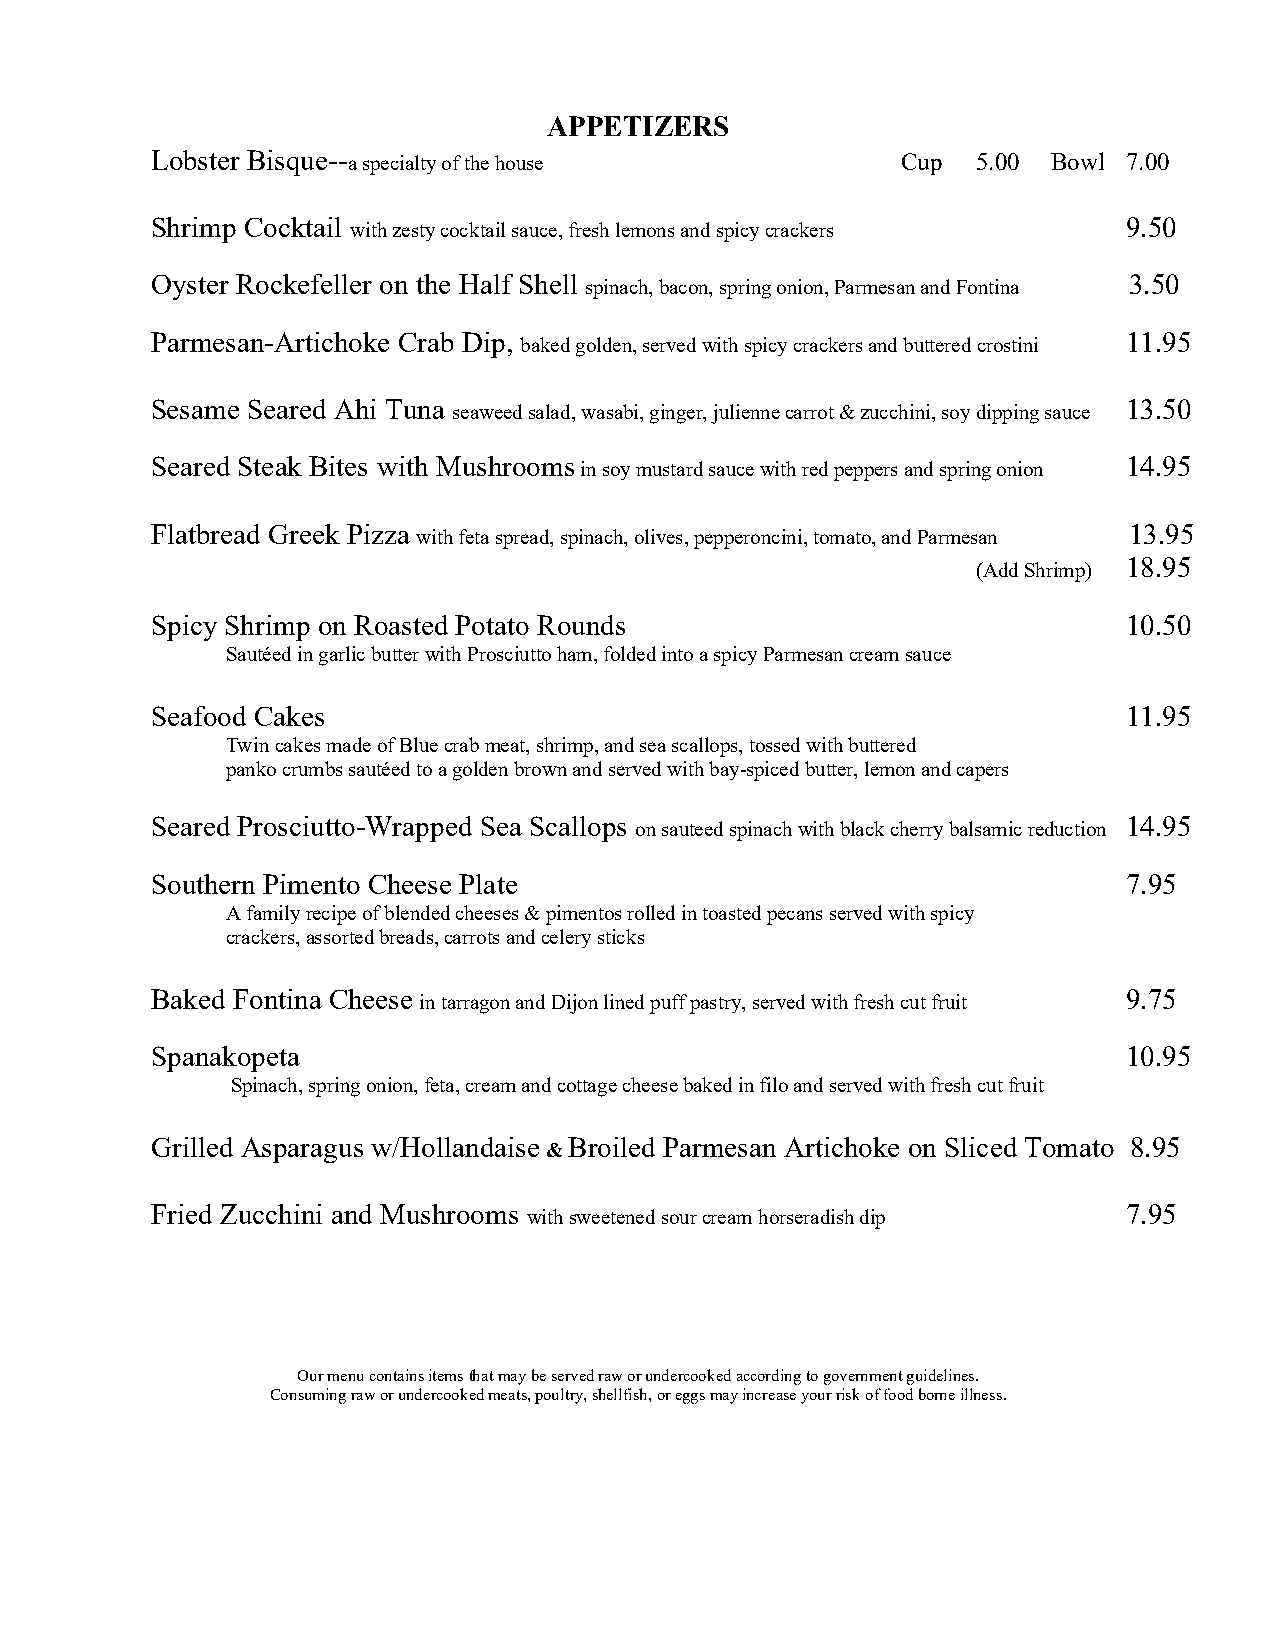
APPETIZERS
 Lobster Bisque-- a specialty of the house         Cup  5.00 Bowl 7.00
 Shrimp Cocktail                                                  9.50
 with zesty cocktail sauce, fresh lemons and spicy crackers
 Oyster Rockefeller on the Half Shell                             3.50
 spinach, bacon, spring onion, Parmesan and Fontina
 Parmesan-Artichoke Crab Dip,                                     11.95
 baked golden, served with spicy crackers and buttered crostini
 Sesame Seared Ahi Tuna                                           13.50
 seaweed salad, wasabi, ginger, julienne carrot & zucchini, soy dipping sauce
 Seared Steak Bites with Mushrooms                                14.95
 in soy mustard sauce with red peppers and spring onion
 Flatbread Greek Pizza
 with feta spread, spinach, olives, pepperoncini, tomato, and Parmesan
 13.95
 18.95
 (Add Shrimp)
 Spicy Shrimp on Roasted Potato Rounds                            10.50
 Sautéed in garlic butter with Prosciutto ham, folded into a spicy Parmesan cream sauce
 Seafood Cakes                                                    11.95
 Twin cakes made of Blue crab meat, shrimp, and sea scallops, tossed with buttered
 panko crumbs sautéed to a golden brown and served with bay-spiced butter, lemon and capers
 Seared Prosciutto-Wrapped Sea Scallops                           14.95
 on sauteed spinach with black cherry balsamic reduction
 Southern Pimento Cheese Plate                                    7.95
 A family recipe of blended cheeses & pimentos rolled in toasted pecans served with spicy
 crackers, assorted breads, carrots and celery sticks
 Baked Fontina Cheese
 in tarragon and Dijon lined puff pastry, served with fresh cut fruit
 9.75
 Spanakopeta                                                      10.95
 Spinach, spring onion, feta, cream and cottage cheese baked in filo and served with fresh cut fruit
 Grilled Asparagus w/Hollandaise
 &
 Broiled Parmesan Artichoke on Sliced Tomato 8.95
 Fried Zucchini and Mushrooms
 with sweetened sour cream horseradish dip
 7.95
 Our menu contains items that may be served raw or undercooked according to government guidelines.
 Consuming raw or undercooked meats, poultry, shellfish, or eggs may increase your risk of food borne illness.